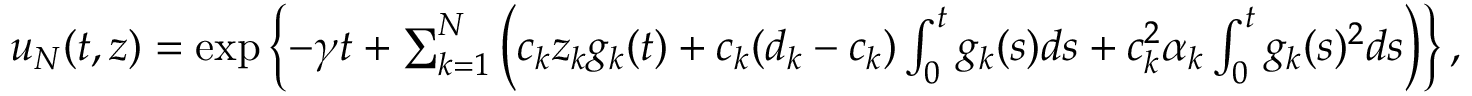
\begin{array} { r } { u _ { N } ( t , z ) = \exp \left\{ - \gamma t + \sum _ { k = 1 } ^ { N } \left( c _ { k } z _ { k } g _ { k } ( t ) + c _ { k } ( d _ { k } - c _ { k } ) \int _ { 0 } ^ { t } g _ { k } ( s ) d s + c _ { k } ^ { 2 } \alpha _ { k } \int _ { 0 } ^ { t } g _ { k } ( s ) ^ { 2 } d s \right) \right\} , } \end{array}